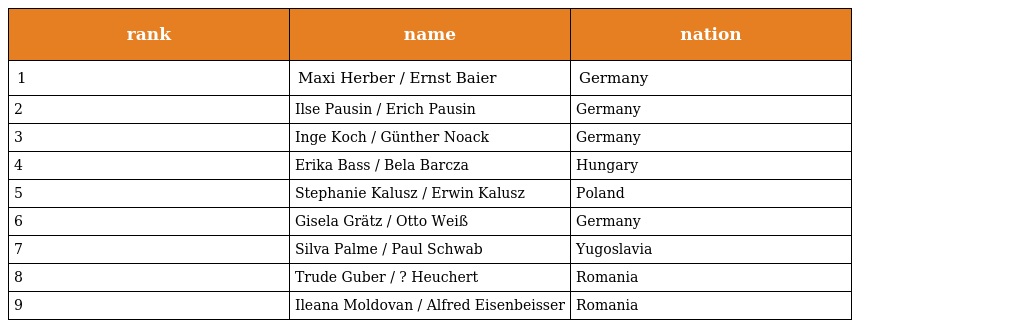
| rank | name | nation |
 | --- | --- | --- |
 | 1 | Maxi Herber / Ernst Baier | Germany |
 | 2 | Ilse Pausin / Erich Pausin | Germany |
 | 3 | Inge Koch / Günther Noack | Germany |
 | 4 | Erika Bass / Bela Barcza | Hungary |
 | 5 | Stephanie Kalusz / Erwin Kalusz | Poland |
 | 6 | Gisela Grätz / Otto Weiß | Germany |
 | 7 | Silva Palme / Paul Schwab | Yugoslavia |
 | 8 | Trude Guber / ? Heuchert | Romania |
 | 9 | Ileana Moldovan / Alfred Eisenbeisser | Romania |